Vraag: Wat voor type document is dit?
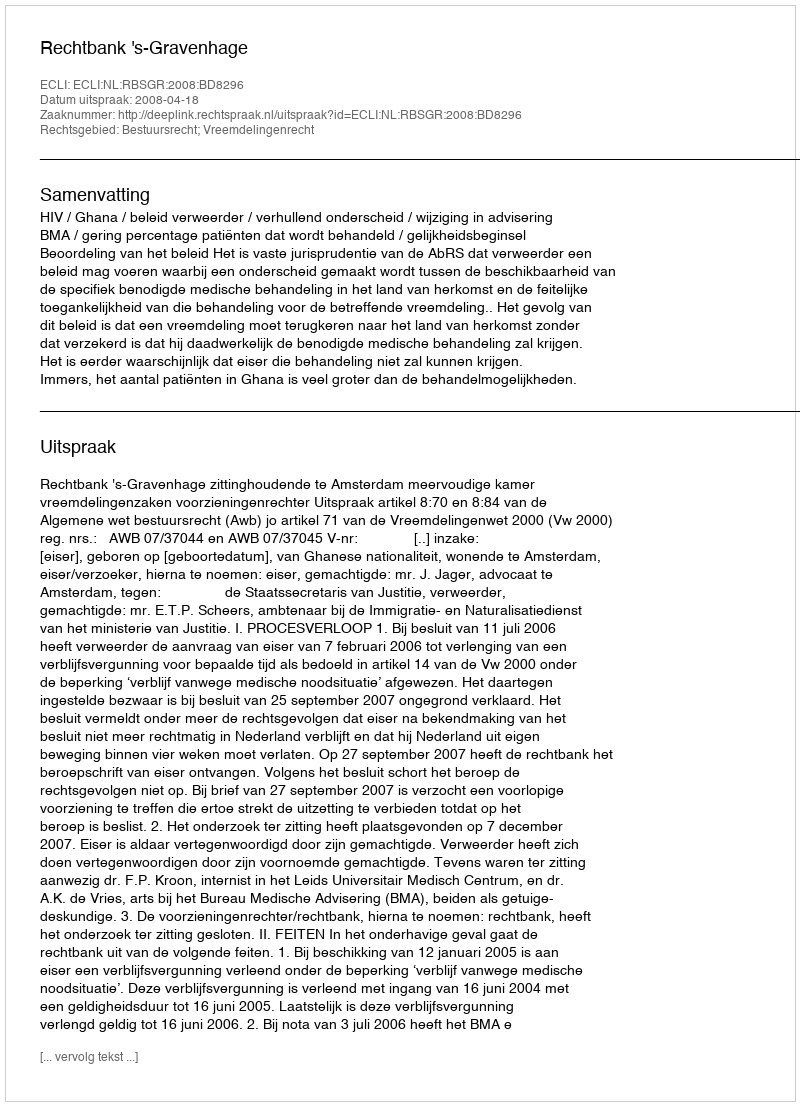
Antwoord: Uitspraak